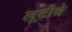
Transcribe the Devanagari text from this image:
लूटीचे